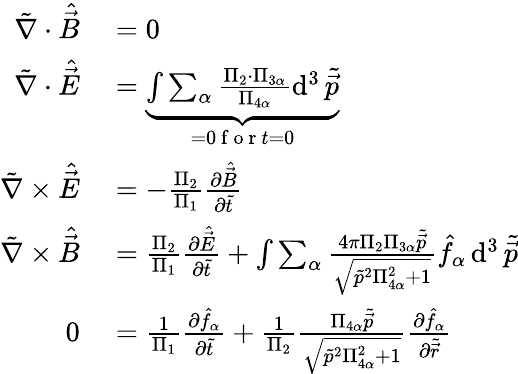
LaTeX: \begin{array}{rl}{\tilde{\nabla}\cdot\hat{\vec{B}}}&{{}=0}\\ {\tilde{\nabla}\cdot\hat{\vec{E}}}&{{}=\underbrace{\int\sum_{\alpha}\frac{\Pi_{2}\cdot\Pi_{3\alpha}}{\Pi_{4\alpha}}\operatorname{d}^{3}\tilde{\vec{p}}}_{=0\mathrm{~f~o~r~}t=0}}\\ {\tilde{\nabla}\times\hat{\vec{E}}}&{{}=-\frac{\Pi_{2}}{\Pi_{1}}\frac{\partial\hat{\vec{B}}}{\partial\tilde{t}}}\\ {\tilde{\nabla}\times\hat{\vec{B}}}&{{}=\frac{\Pi_{2}}{\Pi_{1}}\frac{\partial\hat{\vec{E}}}{\partial\tilde{t}}+\int\sum_{\alpha}\frac{4\pi\Pi_{2}\Pi_{3\alpha}\tilde{\vec{p}}}{\sqrt{\tilde{p}^{2}\Pi_{4\alpha}^{2}+1}}\hat{f}_{\alpha}\operatorname{d}^{3}\tilde{\vec{p}}}\\ {0}&{{}=\frac{1}{\Pi_{1}}\frac{\partial\hat{f}_{\alpha}}{\partial\tilde{t}}+\frac{1}{\Pi_{2}}\frac{\Pi_{4\alpha}\tilde{\vec{p}}}{\sqrt{\tilde{p}^{2}\Pi_{4\alpha}^{2}+1}}\frac{\partial\hat{f}_{\alpha}}{\partial\tilde{\vec{r}}}}\end{array}